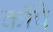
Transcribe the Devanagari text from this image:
काँपै